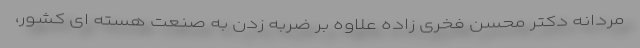
مردانه دکتر محسن فخری زاده علاوه بر ضربه زدن به صنعت هسته ای کشور،